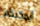
أيمكنكم